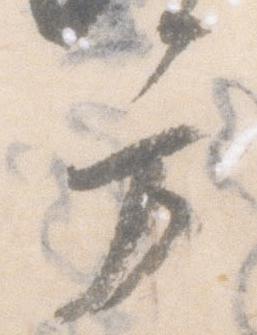
方